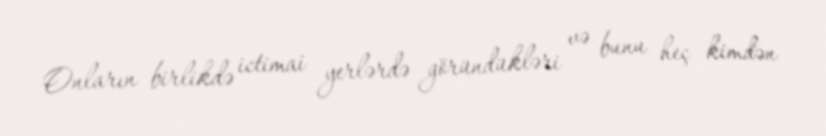
Onların birlikdə ictimai yerlərdə göründükləri və bunu heç kimdən